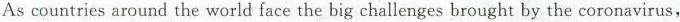
As countries around the world face the big challenges brought by the coronavirus,